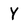
Character: Y